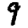
Digit: 9